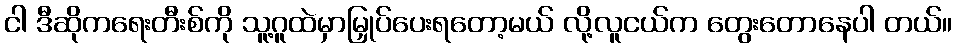
ငါ ဒီဆိုကရေးတီးစ်ကို သူ့ဂူထဲမှာမြှုပ်ပေးရတော့မယ် လို့လူငယ်က တွေးတောနေပါ တယ်။